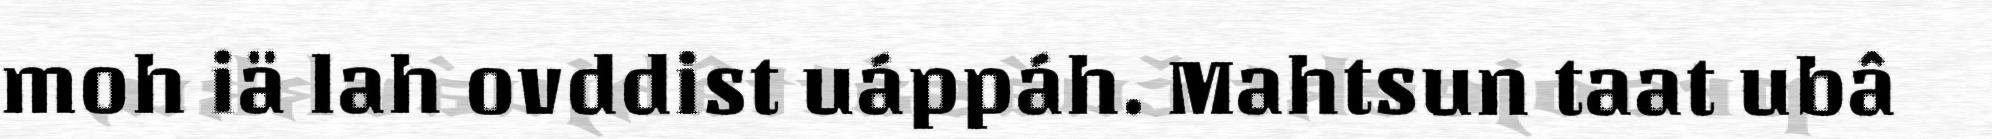
moh iä lah ovddist uáppáh. Mahtsun taat ubâ